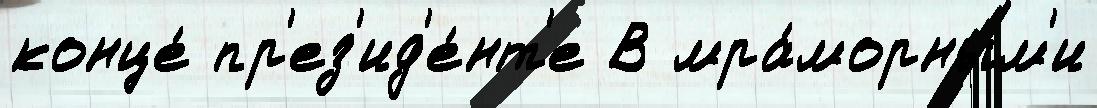
конце́ пр'ез'ид'е́нт'е В мра́морным'и